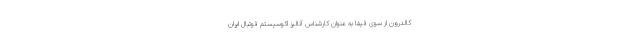
کالدرون از سوی فیفا به عنوان کارشناس آنالیز اکوسیستم فوتبال ایران